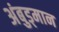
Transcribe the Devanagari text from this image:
अंबुड्मान